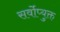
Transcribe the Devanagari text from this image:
सर्वोप्युक्त